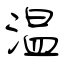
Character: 温